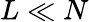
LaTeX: L\ll N